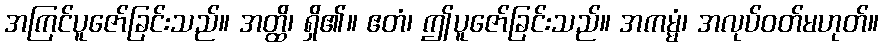
အကြင်ပူဇော်ခြင်းသည်။ အတ္ထိ၊ ရှိ၏။ ဧတံ၊ ဤပူဇော်ခြင်းသည်။ အကမ္မံ၊ အလုပ်ဝတ်မဟုတ်။